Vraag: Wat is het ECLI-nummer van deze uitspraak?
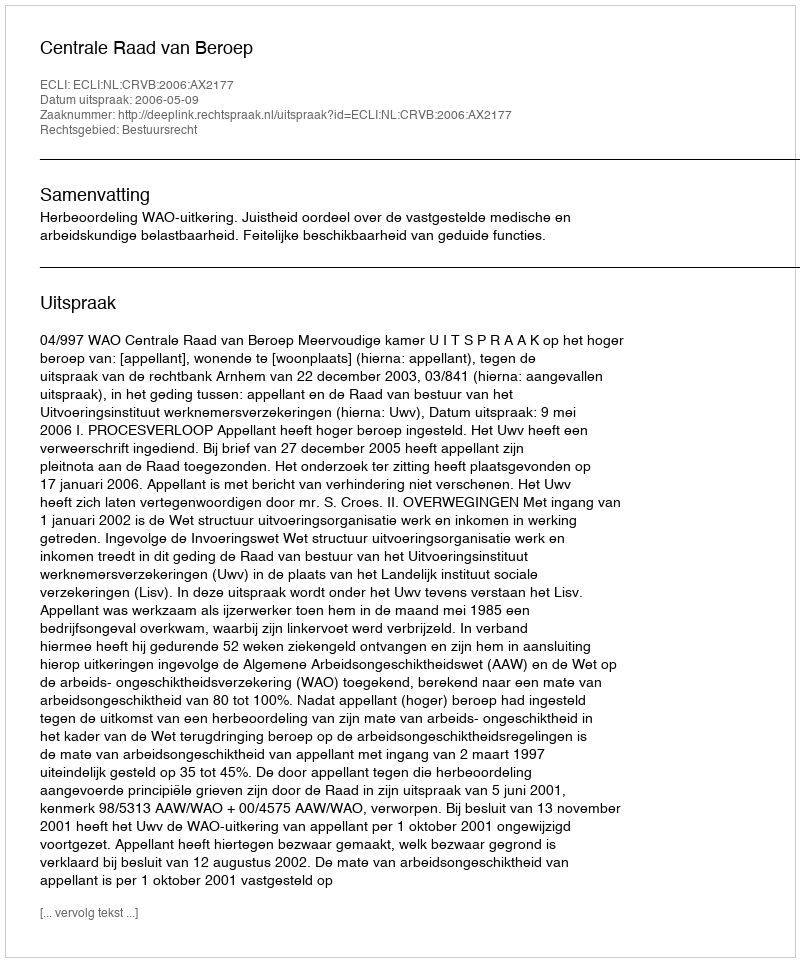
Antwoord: ECLI:NL:CRVB:2006:AX2177